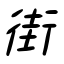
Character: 街